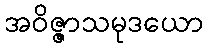
အဝိဇ္ဇာသမုဒယော